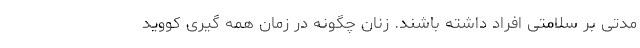
مدتی بر سلامتی افراد داشته باشند. زنان چگونه در زمان همه گیری کووید